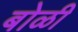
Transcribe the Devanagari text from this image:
बोळी